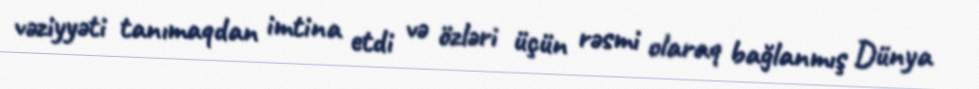
vəziyyəti tanımaqdan imtina etdi və özləri üçün rəsmi olaraq bağlanmış Dünya